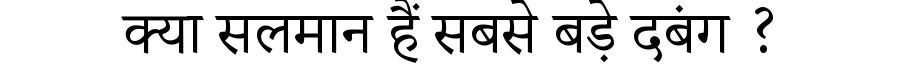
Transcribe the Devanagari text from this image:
क्या सलमान हैं सबसे बड़े दबंग ?